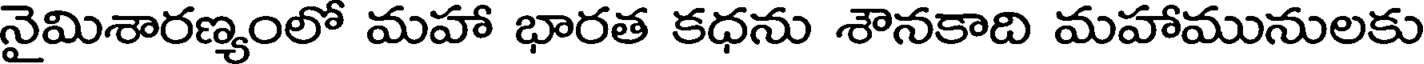
నైమిశారణ్యంలో మహా భారత కధను శౌనకాది మహామునులకు